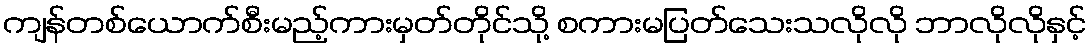
ကျန်တစ်ယောက်စီးမည့်ကားမှတ်တိုင်သို့ စကားမပြတ်သေးသလိုလို ဘာလိုလိုနှင့်